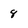
Character: 8